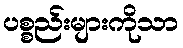
ပစ္စည်းများကိုသာ